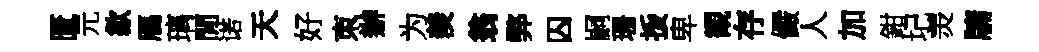
匱元歙鴈璃閒诺天好朿辦为羨翁弊囚嗣珊㧞卑観存儼人加鉗圮羙牗